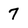
Character: 7